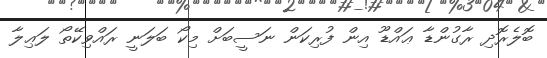
ބޮލެރޮދި ރާގުންޑާ ޢައްޑޫ އިން ފުރިކަން ނަސީބަށް މިކޯ ބަލަނީ ރައްވިކޭތޯ ލަޢިލާ